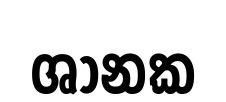
ශානක